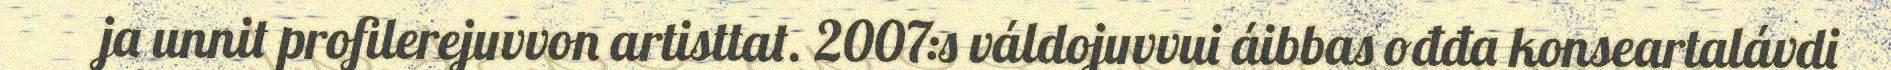
ja unnit profilerejuvvon artisttat. 2007:s váldojuvvui áibbas ođđa konseartalávdi